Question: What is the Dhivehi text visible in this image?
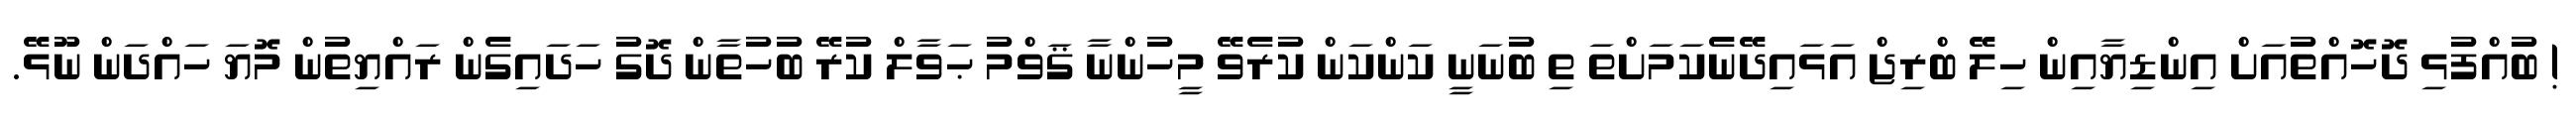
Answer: ! ބުއްފުޅި ދޮހޮއްތުއަށް އިންޑިޔާއިން ހިލޭ ބްރިޖް އަޅައިދޭނެކަމަށްތަ ތި ބުނަނީ ކަންކަން ކުރެވޭ މީހުންނާ ޤަވްމު ޙަވާލް ކުރޭ ބުހުތާން ދޮގު ހަދައިގެން ރައްޔިތުން މޮޔަ ހައްދަން ނޫޅޭ.